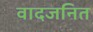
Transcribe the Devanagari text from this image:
वादजनित